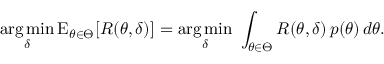
{ \underset { \delta } { \operatorname { a r g \, m i n } } } \operatorname { E } _ { \theta \in \Theta } [ R ( \theta , \delta ) ] = { \underset { \delta } { \operatorname { a r g \, m i n } } } \ \int _ { \theta \in \Theta } R ( \theta , \delta ) \, p ( \theta ) \, d \theta .